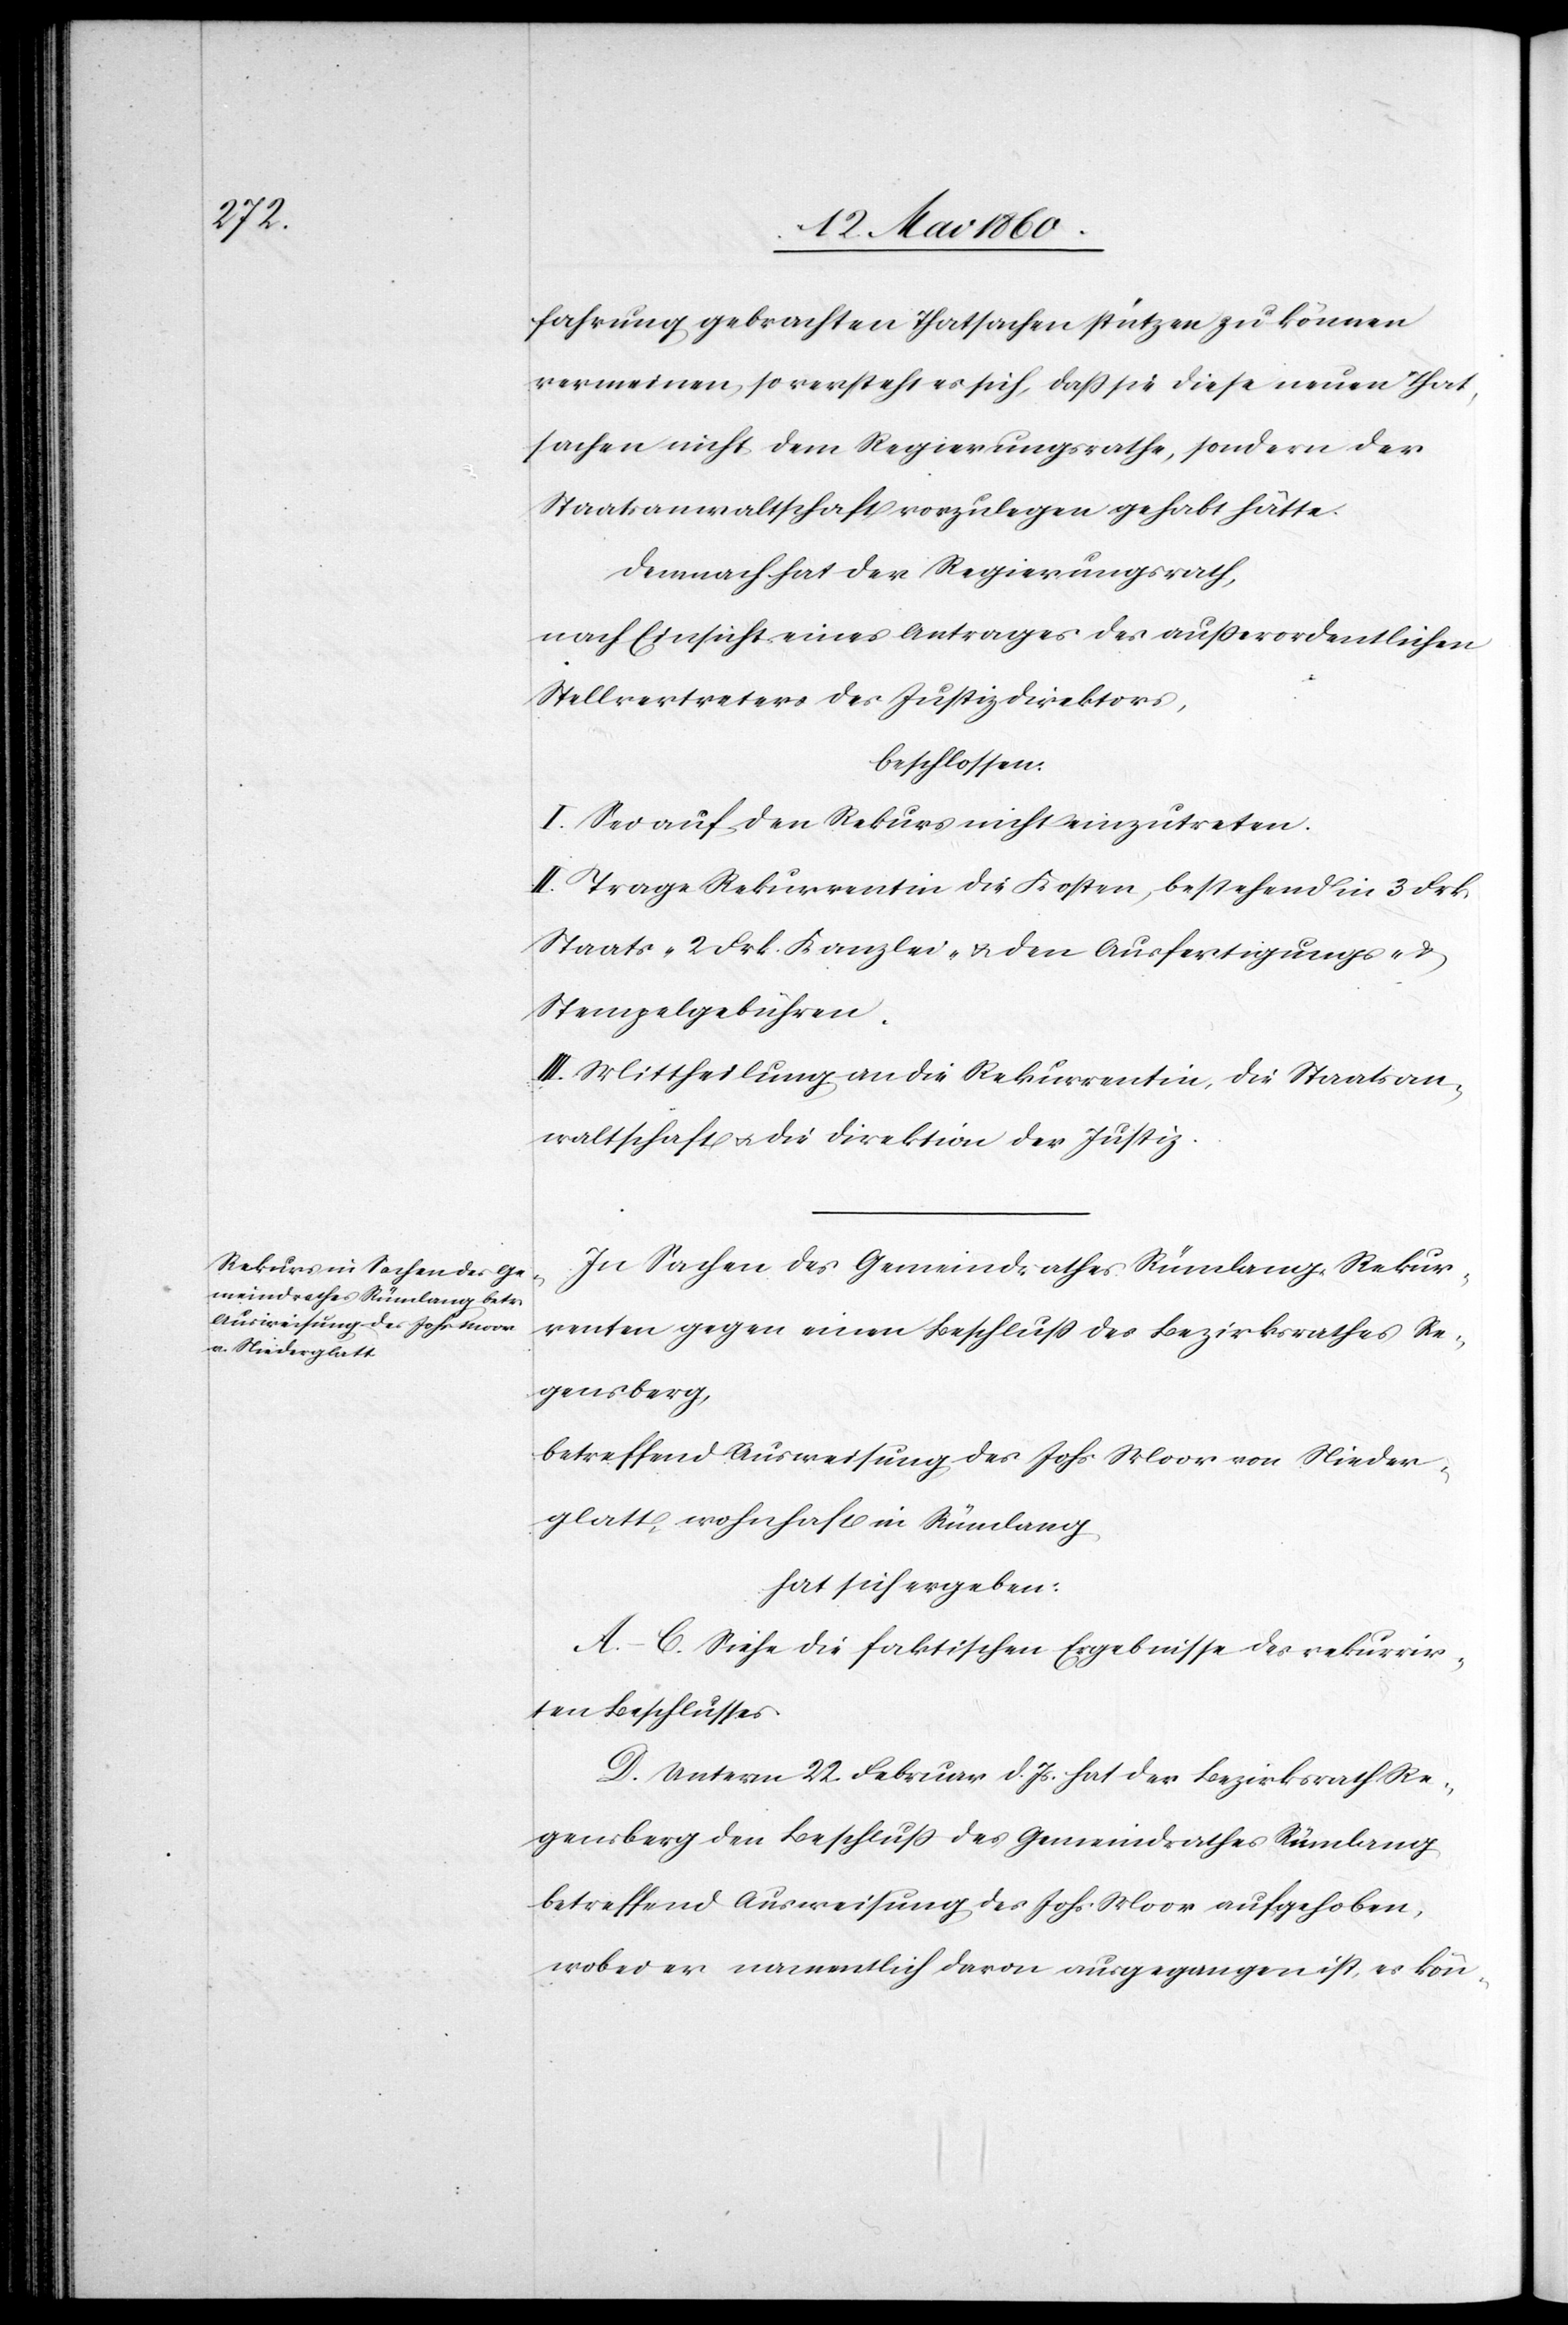
fahrung gebrachten Thatsachen stützen zu können
verneinen, so versteht sich, dass sie diese neuen That¬
sachen nicht dem Regierungsrathe, sondern der
Staatsanwaltschaft vorzulegen gehabt hätte.
Demnach hat der Regierungsrath,
nach Einsicht eines Antrages des außerordentlichen
Stellvertreters des Justizdirektors,
beschlossen
I. Sei auf den Rekurs nicht einzutreten.
II. Trage Rekurrentin die Kosten, bestehend in 3. Frk.
Staats- 2- Frk. Kanzlei- u. den Ausfertigungs- u,
Stempelgebühren.
III. Mittheilung an die Rekurrrentin, die Staatsan¬
waltschaft u. die Direktion der Justiz.
In Sachen des Gemeindrathes Rümlang, Rekur¬
renten gegen einen Beschluss des Bezirksrathes Re¬
gensberg,
betreffend Ausweisung des Johs. Moor von Nieder¬
glatt, wohnhaft in Rümlang,
hat sich ergeben:
A–C. Siehe die faktischen Ergebnisse des rekurrir¬
ten Beschlusses
D. Unterm 22. Februar d. Js. hat der Bezirksrath Re¬
gensberg den Beschluss des Gemeindrathes Rümlang
betreffend Ausweisung des Johs. Moor aufgehoben,
wobei er namentlich davon ausgegangen ist, es kön-